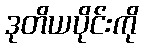
ဒုတိယပိုင်းကို